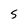
Character: S